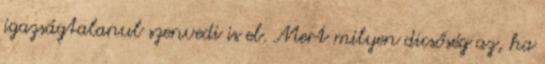
igazságtalanul szenvedi is el. Mert milyen dicsőség az, ha